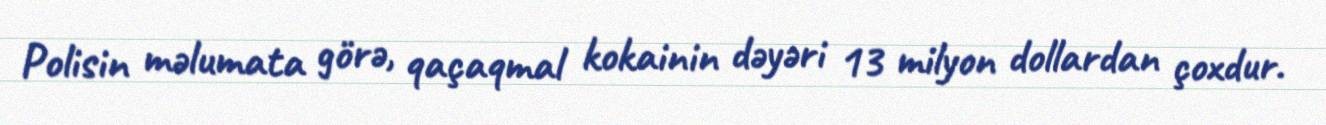
Polisin məlumata görə, qaçaqmal kokainin dəyəri 13 milyon dollardan çoxdur.